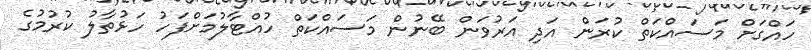
ހައްގަށް މަސައްކަތް ކުރަން އަދި އަރުވަން ބޭނުން މަސައްކަތް ހުއްޓާލުމަށްފަހު ހަޅުތާލު ކުރުމުގެ